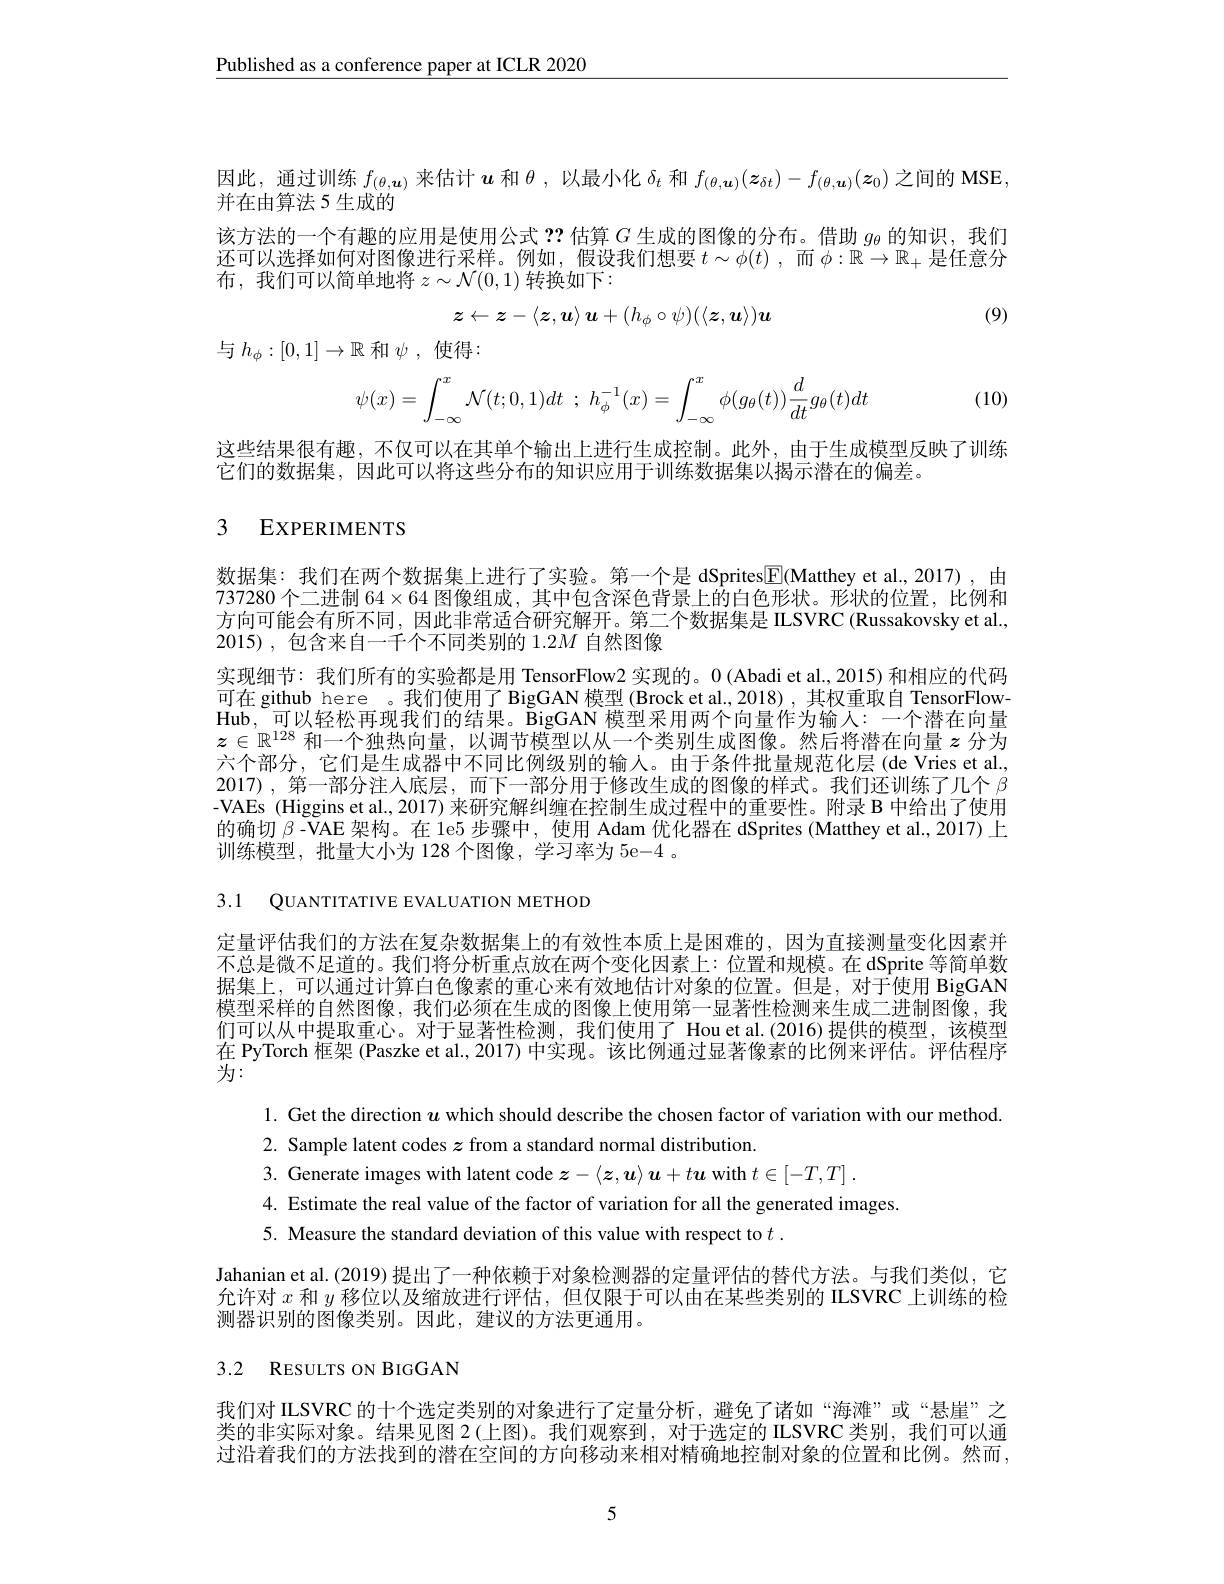
$\underline{\text{Published as a conference paper at ICLR 2020}}$

因此，通过训练$f_(\theta,\boldsymbol{u})$来估计$\boldsymbol u$和$\theta$ ,以最小化$\delta_t$和$f_(\theta,\boldsymbol{u})(\boldsymbol{z}_{\delta t})-f_{(\theta,\boldsymbol{u})}(\boldsymbol{z}_0)$之间的 MSE,
并在由算法 5 生成的
该方法的一个有趣的应用是使用公式？?估算$G$生成的图像的分布。借助$g_\mathrm{\theta}$的知识，我们还可以选择如何对图像进行采样。例如，假设我们想要$t\sim\phi(t)$,而$\phi:\mathbb{R}\to\mathbb{R}_+$是任意分布，我们可以简单地将$z\sim\mathcal{N}(0,1)$转换如下：

(9)
$$z\leftarrow z-\langle z,u\rangle u+(h_\phi\circ\psi)(\langle\boldsymbol{z},\boldsymbol{u}\rangle)\boldsymbol{u}$$
与$h_\phi:[0,1]\to\mathbb{R}$ 和$\psi$,使得：
$$\psi(x)=\int_{-\infty}^x\mathcal{N}(t;0,1)dt\:;\:h_\phi^{-1}(x)=\int_{-\infty}^x\phi(g_\theta(t))\frac{d}{dt}g_\theta(t)dt$$
(10)

这些结果很有趣，不仅可以在其单个输出上进行生成控制。此外，由于生成模型反映了训练
它们的数据集，因此可以将这些分布的知识应用于训练数据集以揭示潜在的偏差。

# 3 EXPERIMENTS

数据集：我们在两个数据集上进行了实验。第一个是 dSprites$\boxed{\mathrm{F}}($Matthey et al.,2017),由737280 个二进制 64$\times64$图像组成，其中包含深色背景上的白色形状。形状的位置，比例和方向可能会有所不同，因此非常适合研究解开。第二个数据集是 ILSVRC (Russakovsky et al., 2015),包含来自一千个不同类别的 $1.2M$ 自然图像

实现细节：我们所有的实验都是用 TensorFlow2 实现的。0(Abadi et al., 2015) 和相应的代码可在 github here 。我们使用了 BigGAN 模型 (Brock et al., 2018) , 其权重取自 TensorFlow- $\mathbf{Hub,}$可以轻松再现我们的结果。BigGAN 模型采用两个向量作为输入：一个潜在向量$z\in\mathbb{R}^{128}$和一个独热向量，以调节模型以从一个类别生成图像。然后将潜在向量$z$分为六个部分，它们是生成器中不同比例级别的输人。由于条件批量规范化层(de Vries et al., 2017),第一部分注人底层，而下一部分用于修改生成的图像的样式。我们还训练了几个$\beta$ -VAEs (Higgins et al., 2017) 来研究解纠缠在控制生成过程中的重要性。附录 B 中给出了使用的确切$\beta$ -VAE 架构。在 1e5 步骤中，使用 Adam 优化器在 dSprites (Matthey et al., 2017) 上训练模型，批量大小为 128 个图像，学习率为 5e-4 。

3.1 QUANTITATIVE EVALUATION METHOD

定量评估我们的方法在复杂数据集上的有效性本质上是困难的，因为直接测量变化因素并不总是微不足道的。我们将分析重点放在两个变化因素上：位置和规模。在 dSprite 等简单数据集上，可以通过计算白色像素的重心来有效地估计对象的位置。但是，对于使用 BigGAN 模型采样的自然图像，我们必须在生成的图像上使用第一显著性检测来生成二进制图像，我们可以从中提取重心。对于显著性检测，我们使用了 Hou et al.(2016) 提供的模型，该模型在 PyTorch 框架 (Paszke et al., 2017) 中实现。该比例通过显著像素的比例来评估。评估程序为：
1. Get the direction $u$ which should describe the chosen factor of variation with our method
2. Sample latent codes $z$ from a standard normal distribution.
3. Generate images with latent code $z-\langle z,\boldsymbol{u}\rangle\boldsymbol{u}+t\boldsymbol{u}$ with $t\in [ - T, T]$ .
4. Estimate the real value of the factor of variation for all the generated images.
5. Measure the standard deviation of this value with respect to $t.$

Jahanian et al.(2019) 提出了一种依赖于对象检测器的定量评估的替代方法。与我们类似，它

允许对$x$和$y$移位以及缩放进行评估，但仅限于可以由在某些类别的 ILSVRC 上训练的检
测器识别的图像类别。因此，建议的方法更通用。

## 3.2 RESULTS ON BIGGAN

我们对 ILSVRC 的十个选定类别的对象进行了定量分析，避免了诸如“海滩”或“悬崖”之类的非实际对象。结果见图 2(上图)。我们观察到，对于选定的 ILSVRC 类别，我们可以通过沿着我们的方法找到的潜在空间的方向移动来相对精确地控制对象的位置和比例。然而，

5